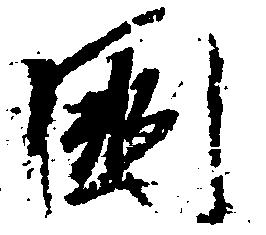
国